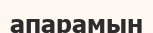
апарамын